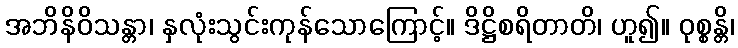
အဘိနိဝိသန္တာ၊ နှလုံးသွင်းကုန်သောကြောင့်။ ဒိဋ္ဌိစရိတာတိ၊ ဟူ၍။ ဝုစ္စန္တိ၊